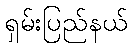
ရှမ်းပြည်နယ်